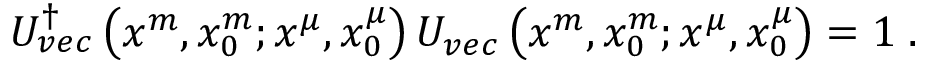
\begin{array} { r } { U _ { v e c } ^ { \dag } \left( x ^ { m } , x _ { 0 } ^ { m } ; x ^ { \mu } , x _ { 0 } ^ { \mu } \right) U _ { v e c } \left( x ^ { m } , x _ { 0 } ^ { m } ; x ^ { \mu } , x _ { 0 } ^ { \mu } \right) = 1 \; . } \end{array}